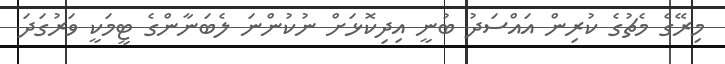
މިރޭގެ މެޗުގެ ކުރިން އައްސަދު ބުނީ އިދިކޮޅަށް ނުކުންނަ ލެބަނާންގެ ޓީމަކީ ވަރުގަދަ